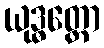
ယုဒ္ဓတ္ထော